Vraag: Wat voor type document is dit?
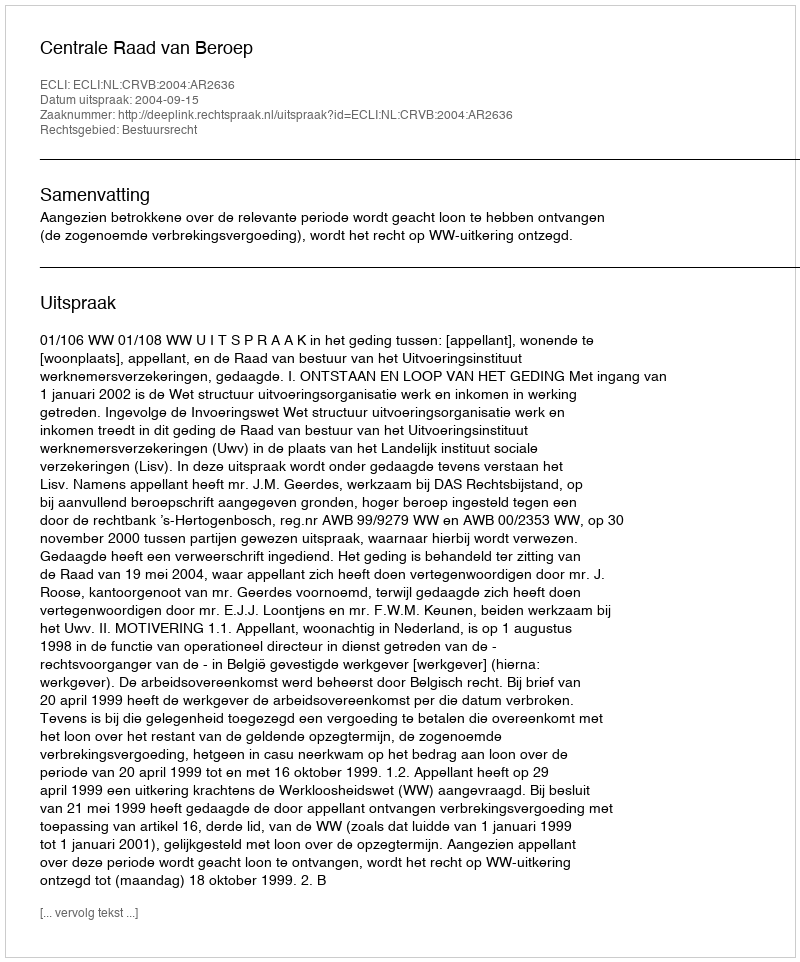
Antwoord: Uitspraak